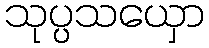
သုပ္ပသယှော